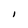
Character: I